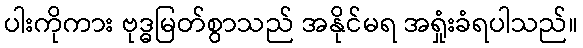
ပါးကိုကား ဗုဒ္ဓမြတ်စွာသည် အနိုင်မရ အရှုံးခံရပါသည်။